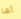
أها